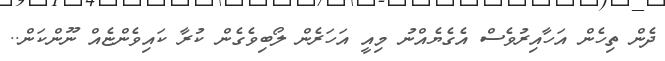
ދެން ތިހެން އަހާއިރުވެސް އެގެޔެއްނު މިއީ އަހަރެން ލޯބިވެގެން ކުރާ ކައިވެންޏެއް ނޫންކަން..